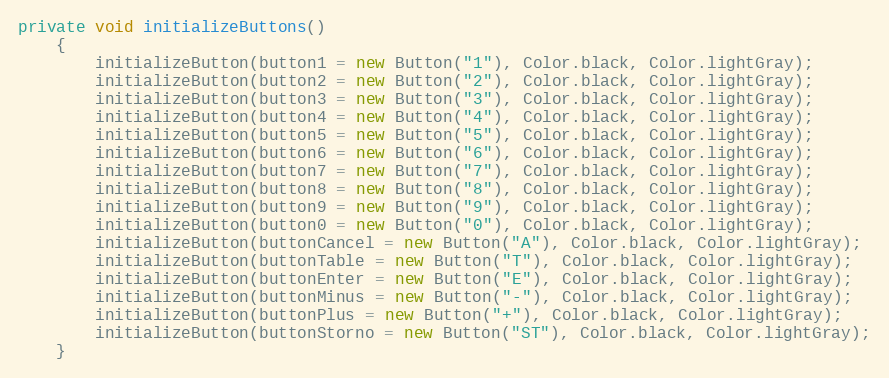
Language: Java
private void initializeButtons()
	{
		initializeButton(button1 = new Button("1"), Color.black, Color.lightGray);
		initializeButton(button2 = new Button("2"), Color.black, Color.lightGray);
		initializeButton(button3 = new Button("3"), Color.black, Color.lightGray);
		initializeButton(button4 = new Button("4"), Color.black, Color.lightGray);
		initializeButton(button5 = new Button("5"), Color.black, Color.lightGray);
		initializeButton(button6 = new Button("6"), Color.black, Color.lightGray);
		initializeButton(button7 = new Button("7"), Color.black, Color.lightGray);
		initializeButton(button8 = new Button("8"), Color.black, Color.lightGray);
		initializeButton(button9 = new Button("9"), Color.black, Color.lightGray);
		initializeButton(button0 = new Button("0"), Color.black, Color.lightGray);
		initializeButton(buttonCancel = new Button("A"), Color.black, Color.lightGray);
		initializeButton(buttonTable = new Button("T"), Color.black, Color.lightGray);
		initializeButton(buttonEnter = new Button("E"), Color.black, Color.lightGray);
		initializeButton(buttonMinus = new Button("-"), Color.black, Color.lightGray);
		initializeButton(buttonPlus = new Button("+"), Color.black, Color.lightGray);
		initializeButton(buttonStorno = new Button("ST"), Color.black, Color.lightGray);
	}